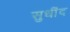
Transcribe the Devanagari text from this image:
सुधींद